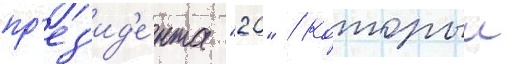
пр'ез'ид'е́нта "20" / которыи